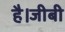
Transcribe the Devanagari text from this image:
है।जीबी